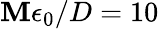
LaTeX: {\mathbf{M}\epsilon_{0}/D=10}